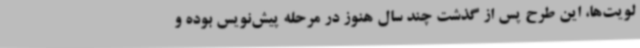
لویت‌ها، این طرح پس از گذشت چند سال هنوز در مرحله پیش‌نویس بوده و